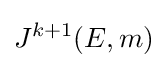
J^{k+1}(E,m)